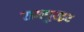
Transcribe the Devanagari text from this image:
रामपुरहट